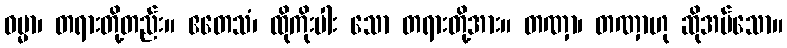
ဓမ္မာ၊ တရားတို့တည်း။ ဧတေသံ၊ ထိုကိုးပါး သော တရားတို့အား။ တဏှာ၊ တဏှာဟု ဆိုအပ်သော။